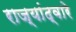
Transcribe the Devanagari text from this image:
राज्यांद्वारे